Vaccination United Provinces of Agra and Oudh 1914-1922 - 1914-1922
Year: 1914
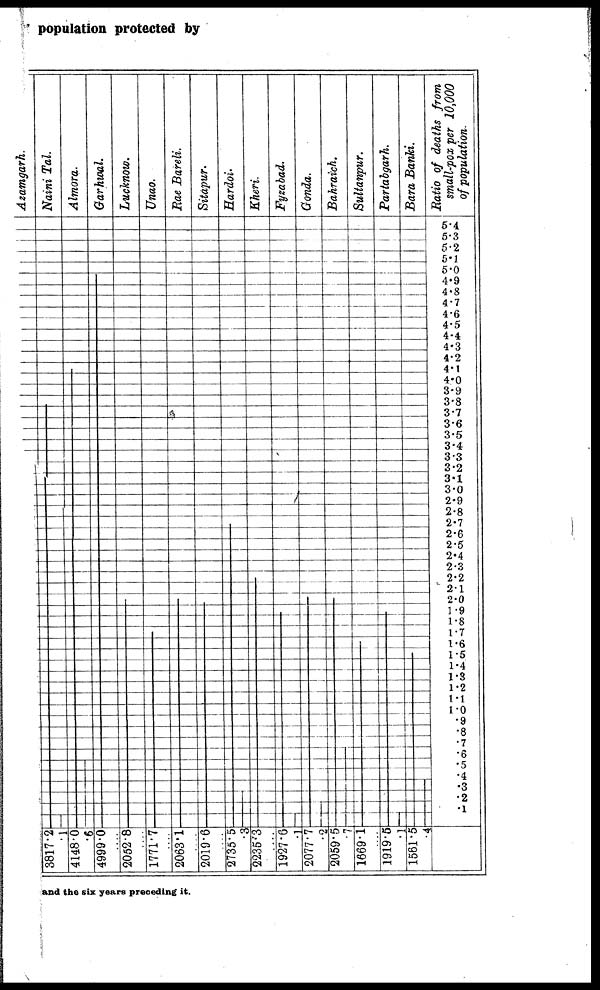
population protected by
and the six years preceding it.